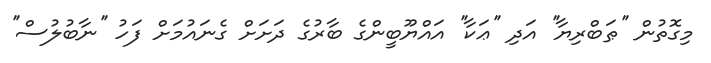
މިގޮތުން ''ޠަބްރިޔާ'' އަދި ''ޢަކާ'' އައްޔޫބީންގެ ބާރުގެ ދަށަށް ގެނައުމަށް ފަހު ''ނާބުލުސް''